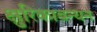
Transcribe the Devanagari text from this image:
क्षुरिकाबन्धन